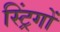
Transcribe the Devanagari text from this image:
स्ट्रिंगों